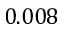
0 . 0 0 8